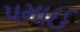
પમાઈ